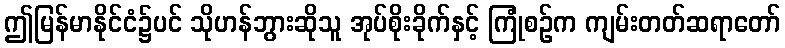
ဤမြန်မာနိုင်ငံ၌ပင် သိုဟန်ဘွားဆိုသူ အုပ်စိုးခိုက်နှင့် ကြုံစဉ်က ကျမ်းတတ်ဆရာတော်